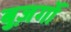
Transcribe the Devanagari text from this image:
बुज़र्गो